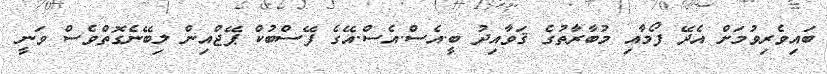
ބައިވެރިވުމަށް އެދޭ ފޯމާއި މުބާރާތުގެ ޤަވާއިދު ބީ.އެސް.އެސް.އޭގެ ފޭސްބުކް ޕޭޖްއިން ލިބޭނެގޮތްވެސް ވަނީ